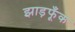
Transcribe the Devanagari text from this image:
झाड़फूँक